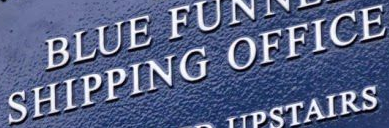
SHIPPING OFFICE